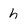
Character: h